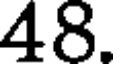
48.